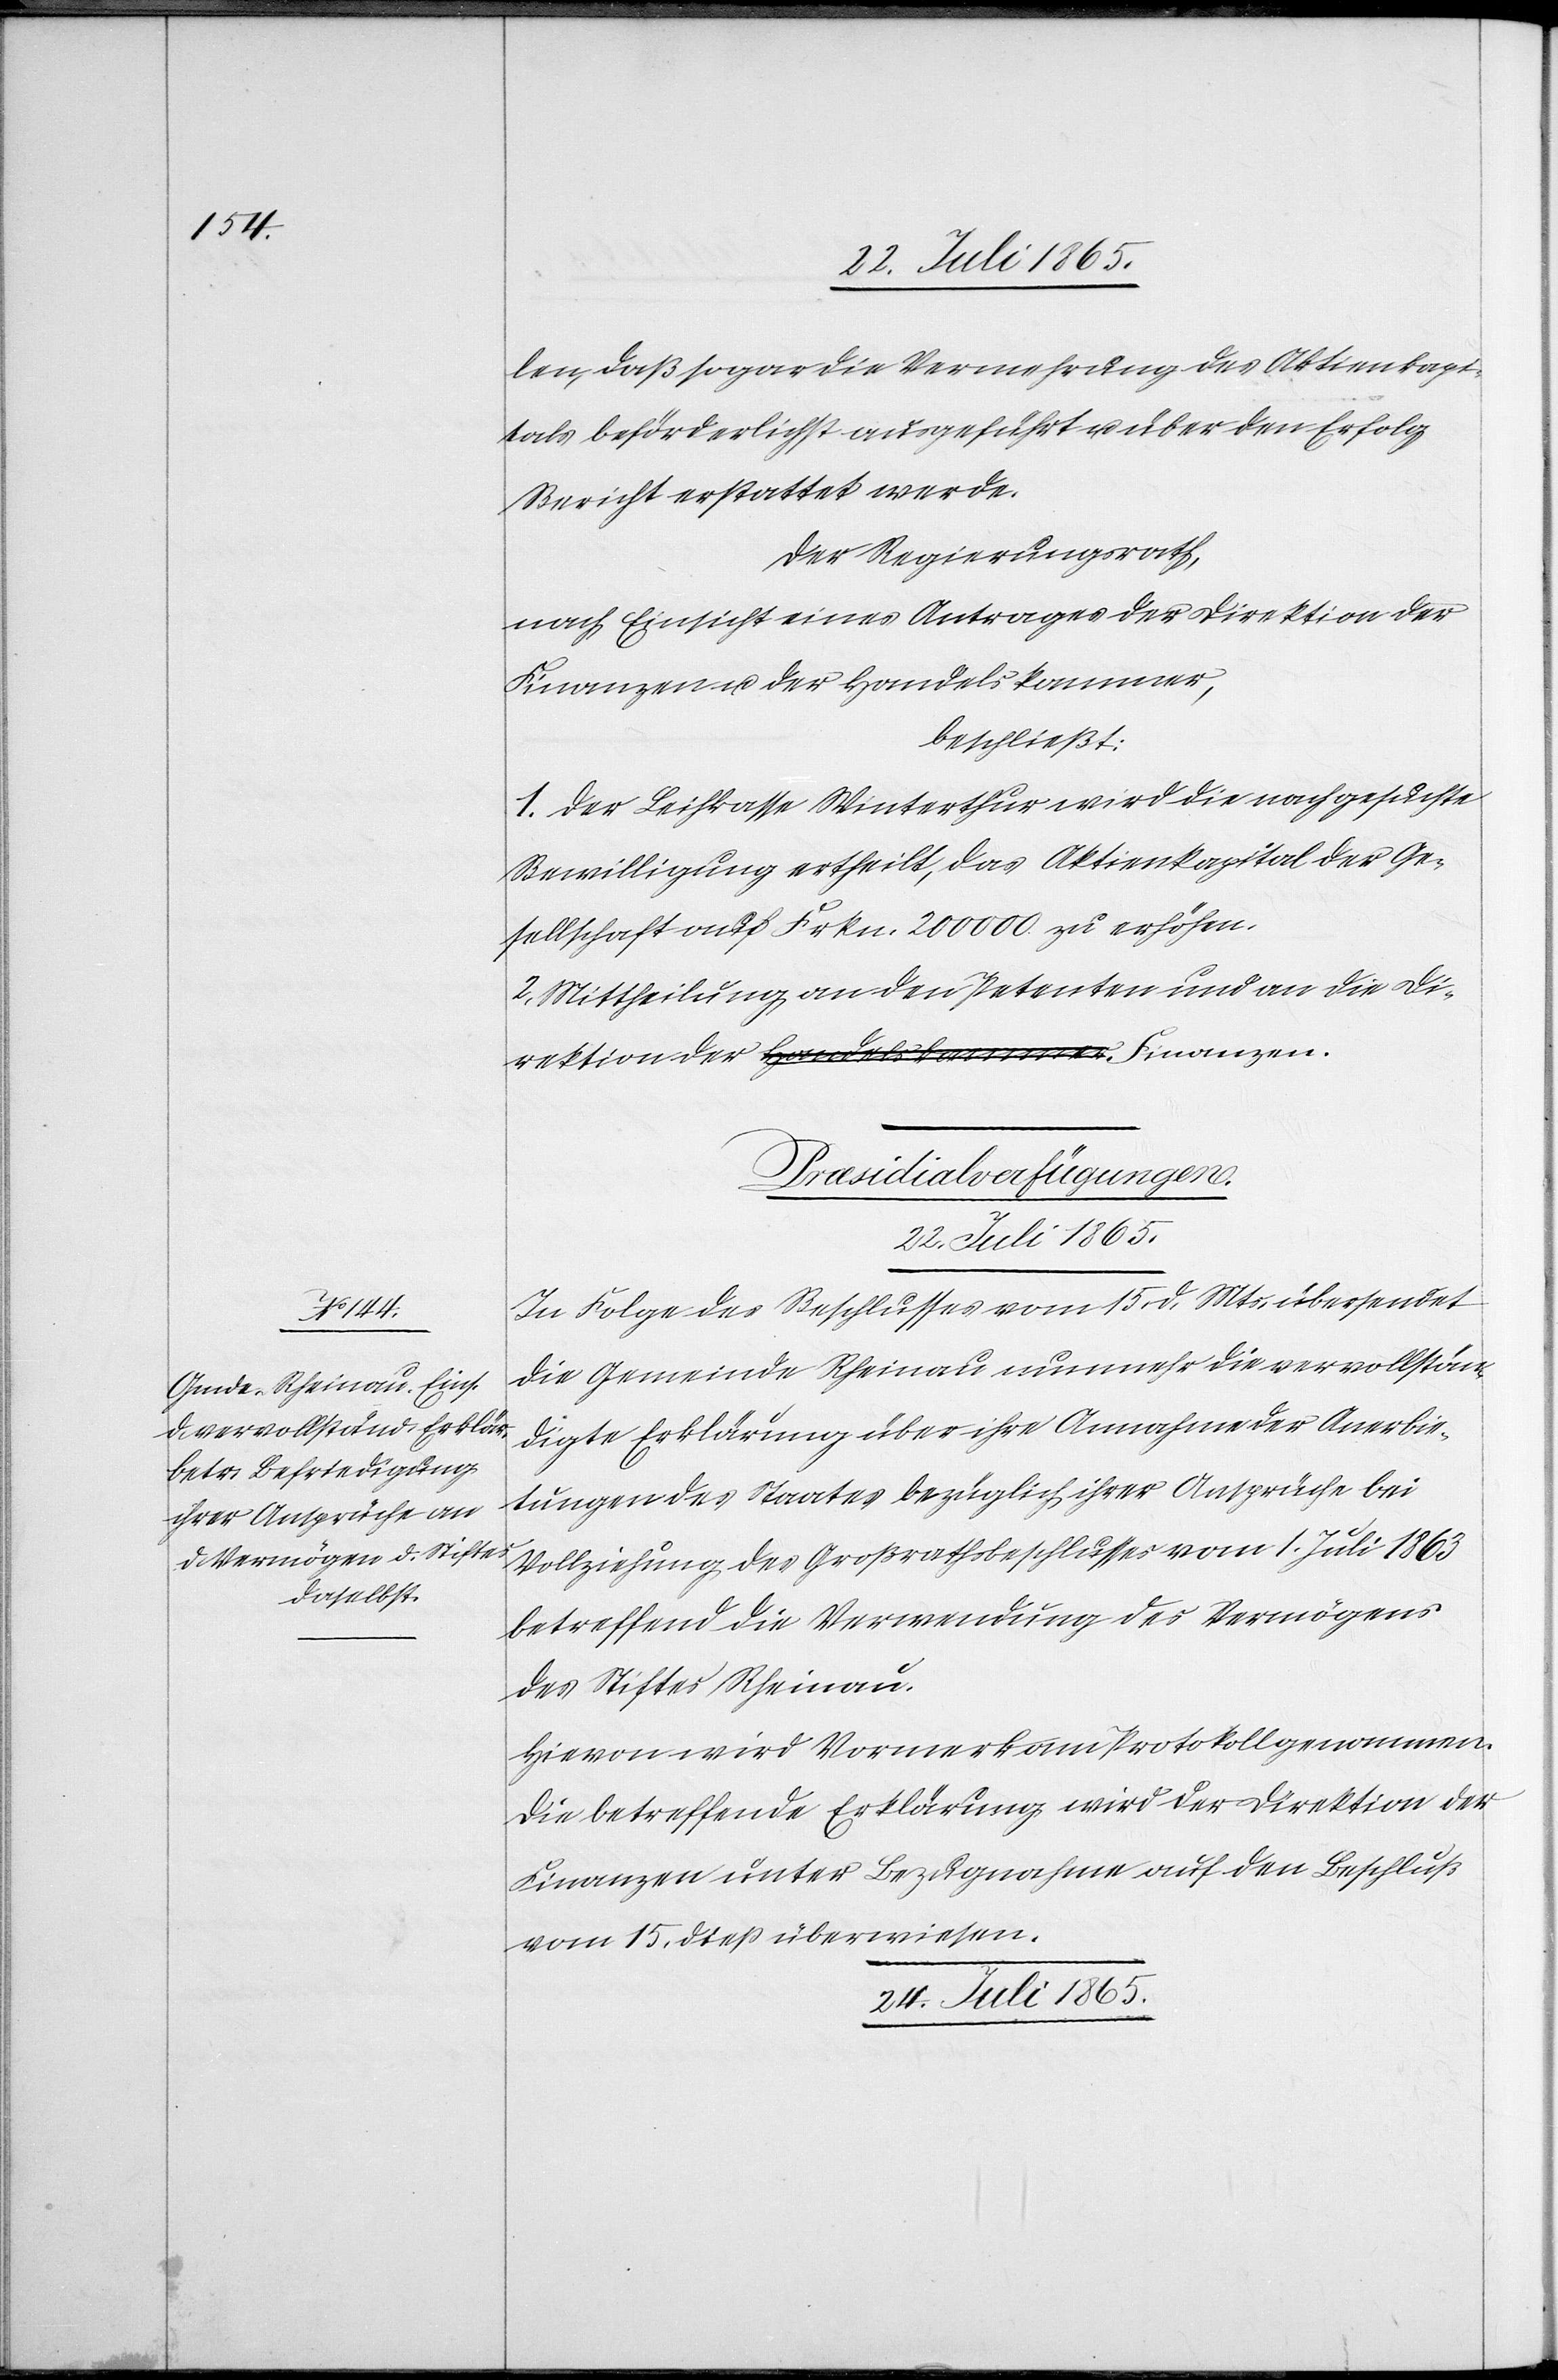
len, daß sogar die Vermehrung des Aktienkapi¬
tals beförderlichst ausgeführt u. über den Erfolg
Bericht erstattet werde.
Der Regierungsrath,
nach Einsicht eines Antrages der Direktion der
Finanzen u. der Handelskammer,
beschließt:
1. Der Leihkasse Winterthur wird die nachgesuchte
Bewilligung ertheilt, das Aktienkapital der Ge¬
sellschaft auf Frkn. 200 000 zu erhöhen.
2. Mittheilung an den Petenten und an die Di¬
rektion der Finanzen.
[Præsidialverfügungen.]
24. Juli 1865.
In Folge des Beschlusses vom 15. d. Mts. übersendet
die Gemeinde Rheinau nunmehr die vervollstän¬
digte Erklärung über ihre Annahme der Anerbie¬
tungen des Staates bezüglich ihrer Ansprüche bei
Vollziehung des Großrathsbeschlusses vom 1. Juli 1863
betreffend die Verwendung des Vermögens
des Stiftes Rheinau.
Hievon wird Vormerk am Protokoll genommen.
Die betreffende Erklärung wird der Direktion der
Finanzen unter Bezugnahme auf den Beschluß
vom 15. dieß überwiesen.